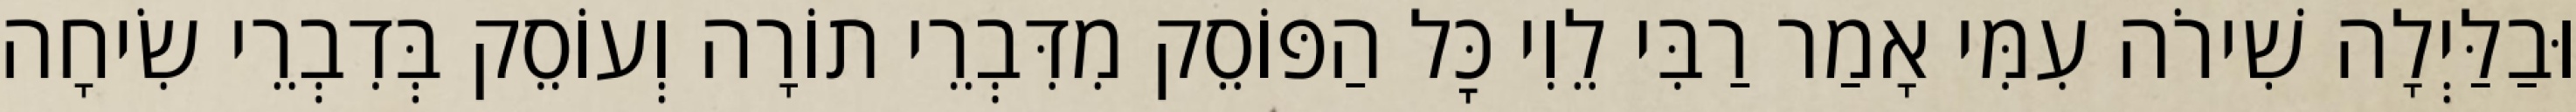
וּבַלַּיְלָה שִׁירֹה עִמִּי אָמַר רַבִּי לֵוִי כׇּל הַפּוֹסֵק מִדִּבְרֵי תוֹרָה וְעוֹסֵק בְּדִבְרֵי שִׂיחָה